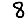
Digit: 8